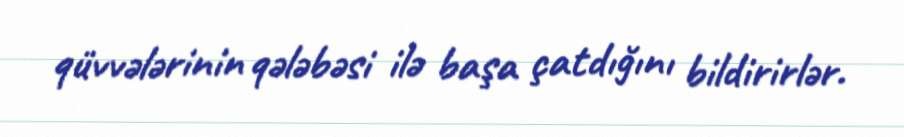
qüvvələrinin qələbəsi ilə başa çatdığını bildirirlər.